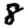
Digit: 8